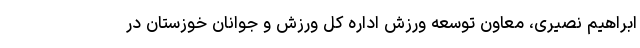
ابراهیم نصیری، معاون توسعه ورزش اداره کل ورزش و جوانان خوزستان در